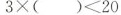
$$3\times（）＜20$$